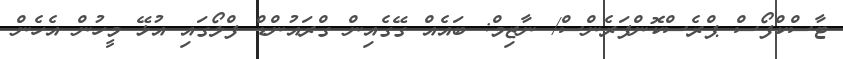
ޓާސްކްފޯސް ޕްރެސްކޮންފަރެންސް/ ނާޒިމް: ބައެއް ގޭގެއިން ގްރައުންޑް ފްލޯގައި އުޅޭ މީހުން އެހެން